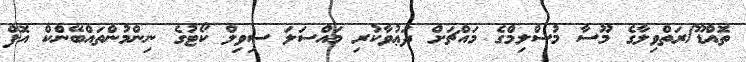
ތޮއްޑޫ/ރަތްވިލާގެ މޫސާ މުސްލިމްގެ މައްޗަށް ދަޢުވާކުރި މައްސަލަ ސިވިލް ކޯޓުގެ ނިންމުންތައްބޭންކް އޮފް